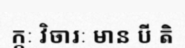
ក្កៈ វិចារៈ មាន បី តិ